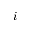
i